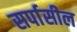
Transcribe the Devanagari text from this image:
सर्पासील